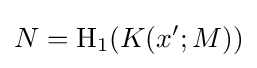
N=\operatorname {H} _{1}(K(x';M))